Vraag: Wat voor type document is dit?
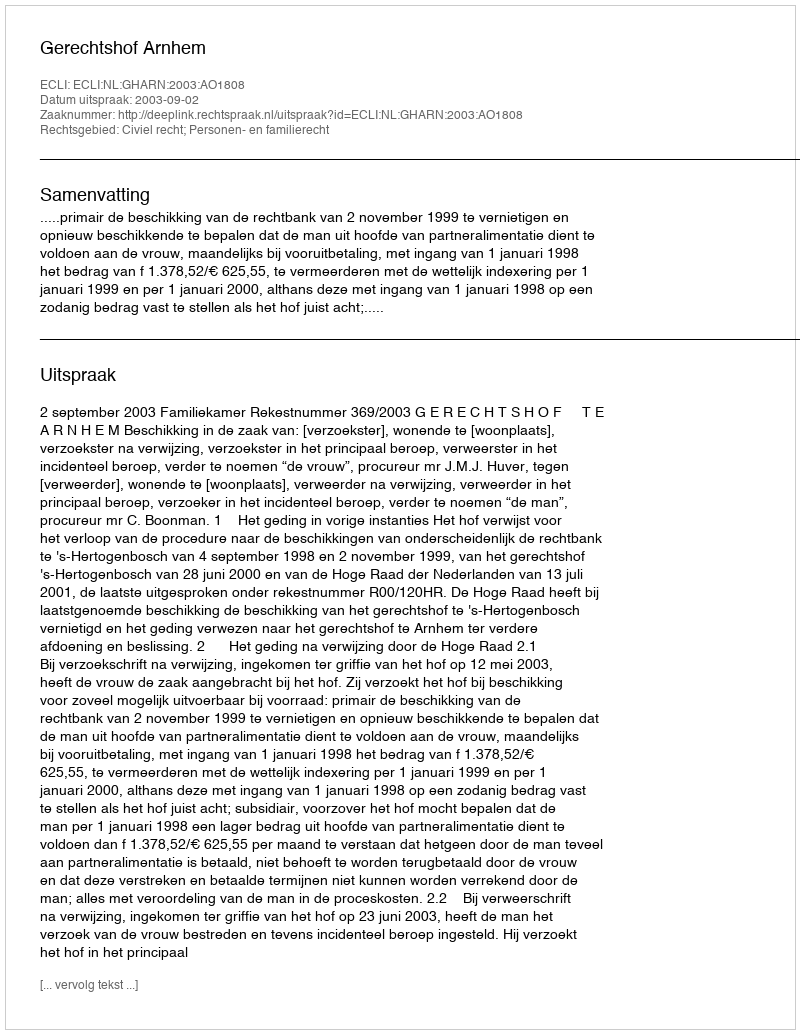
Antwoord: Uitspraak